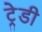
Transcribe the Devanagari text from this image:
ट्रेडी